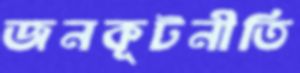
জনকূটনীতি